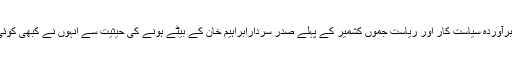
اپنے عہد کے ایک سربرآوردہ سیاست کار اور ریاست جموں کشمیر کے پہلے صدر سردارابراہیم خان کے بیٹے ہونے کی حیثیت سے انہوں نے کبھی کوئی ناروا فائدہ نہیں اٹھایا۔